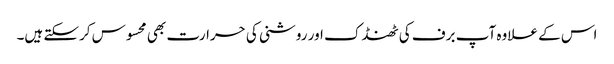
اس کے علاوہ آپ برف کی ٹھنڈک اور روشنی کی حرارت بھی محسوس کرسکتے ہیں۔